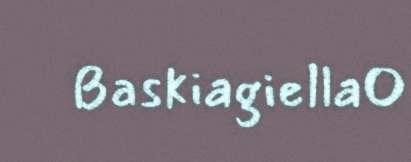
Baskiagiella